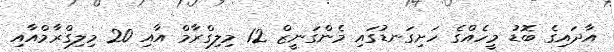
އާދައިގެ ބޮޑު މީހެއްގެ ހަށިގަނޑުގައި މެންގަނީޒް 12 މިލިގްރާމް އާއި 20 މިލިގްރާމްއާއި